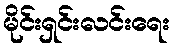
မိုင်းရှင်းလင်းရေး